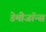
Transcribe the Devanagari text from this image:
डेमीजॉन्स